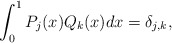
\begin{align*} \int_0^1 P_j(x) Q_k(x) dx = \delta_{j,k},\end{align*}